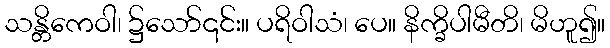
သန္တိကေဝါ၊ ၌သော်၎င်း။ ပရိဝါသံ၊ ပေ။ နိက္ခိပါမီတိ၊ မိဟူ၍။